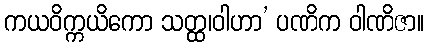
ကယဝိက္ကယိကော သတ္ထ၊ဝါဟာ’ ပဏိက ဝါဏိဇာ။